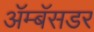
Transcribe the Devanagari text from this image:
ॲम्बॅसडर